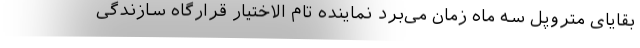
بقایای متروپل سه ماه زمان می‌برد نماینده تام الاختیار قرارگاه سازندگی